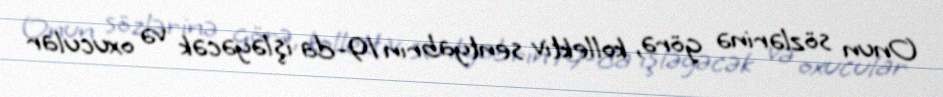
Onun sözlərinə görə, kollektiv sentyabrın 19-da işləyəcək və oxucular